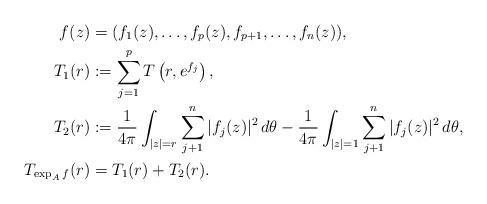
LaTeX: \begin{align*}f(z) &=(f_1(z), \ldots, f_p(z), f_{p+1}, \ldots, f_n(z)), \\T_1(r) &:= \sum_{j=1}^p T\left(r, e^{f_j}\right), \\T_2(r) &:= \frac1{4\pi}\int_{|z|=r} \sum_{j+1}^n |f_j(z)|^2 \, d\theta- \frac1{4\pi}\int_{|z|=1} \sum_{j+1}^n |f_j(z)|^2 \, d\theta,\\T_{\exp_Af}(r) &=T_1(r) + T_2(r).\end{align*}